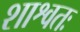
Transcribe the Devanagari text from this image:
शाश्वतः